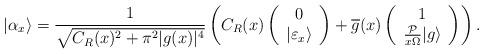
LaTeX: \begin{align*} |\alpha_x \rangle = \frac{1} {\sqrt{C_R(x)^2 + \pi^2 |g(x)|^4}} \left(C_R(x) \left(\begin{array}{c}0 \\ |\varepsilon_x \rangle\end{array} \right) + \overline{g} (x) \left( \begin{array}{c}1 \\ \frac{ \mathcal{P}}{x \Omega}|g\rangle \end{array}\right)\right).\end{align*}